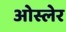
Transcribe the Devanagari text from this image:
ओस्लेर